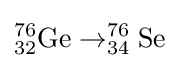
\mathrm {^{76}_{32}Ge\rightarrow _{34}^{76}Se}